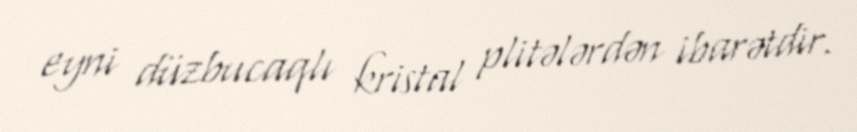
eyni düzbucaqlı kristal plitələrdən ibarətdir.